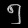
Digit: ၅